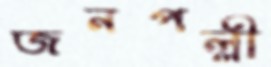
জনপল্লী